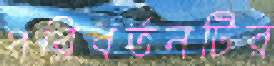
পরিবর্তনটির